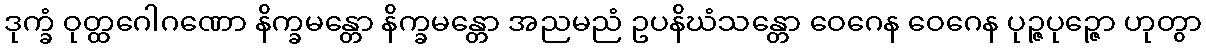
ဒုက္ခံ ဝုတ္ထဂေါဂဏော နိက္ခမန္တော နိက္ခမန္တော အညမညံ ဥပနိဃံသန္တော ဝေဂေန ဝေဂေန ပုဉ္ဇပုဉ္ဇော ဟုတွာ